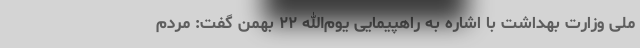
ملّی وزارت بهداشت با اشاره به راهپیمایی یوم‌الله ۲۲ بهمن گفت: مردم